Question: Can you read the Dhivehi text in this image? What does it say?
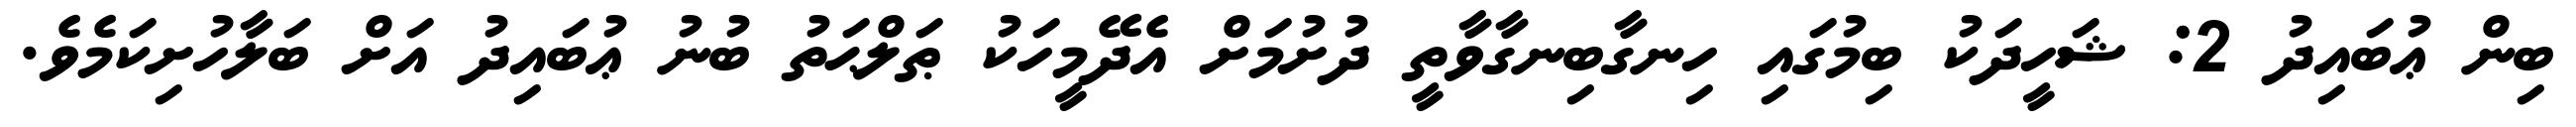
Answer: ބިން ޢުބައިދު 2: ޝަހީދަކު ބިމުގައި ހިނގާބިނގާވާތީ ދުށުމަށް އެދޭމީހަކު ޠަލްޙަތު ބުނު ޢުބައިދު އަށް ބަލާހުށިކަމެވެ.